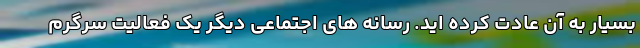
بسیار به آن عادت کرده اید. رسانه‌ های اجتماعی دیگر یک فعالیت سرگرم